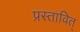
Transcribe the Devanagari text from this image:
प्रस्तावित्